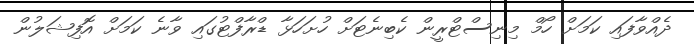
ދެއްވާފައި ކަމަށް ހޯމް މިނިސްޓްރީން ކެބިނެޓަށް ހުށަހަޅާ ޑްރާފްޓުގައި ވާނެ ކަމަށް އޮފިޝަލުން